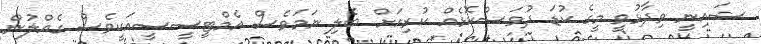
ޝައިނީ ވިދާޅުވީ މީގެ ކުޑަ ދުވަސްކޮޅެއް ކުރިއަށް ބެލި ނަމަވެސް އެމްޓީސީސީއަކީވެސް ގެއްލުން